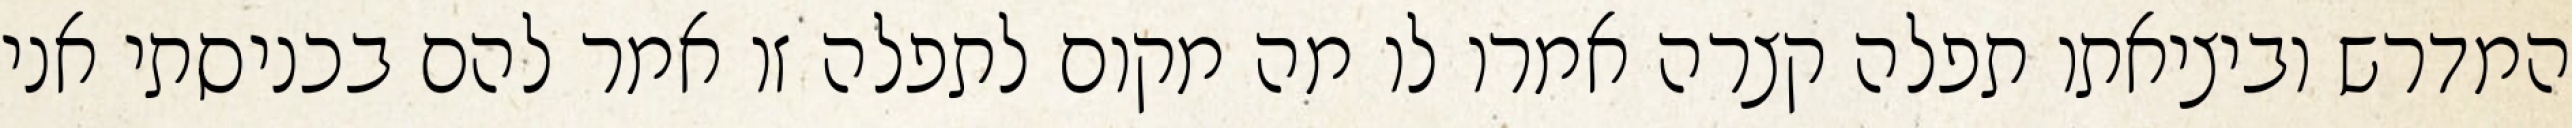
המדרש וביציאתו תפלה קצרה אמרו לו מה מקום לתפלה זו אמר להם בכניסתי אני